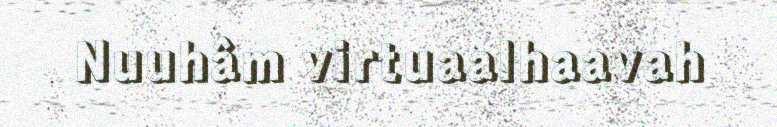
Nuuhâm virtuaalhaavah